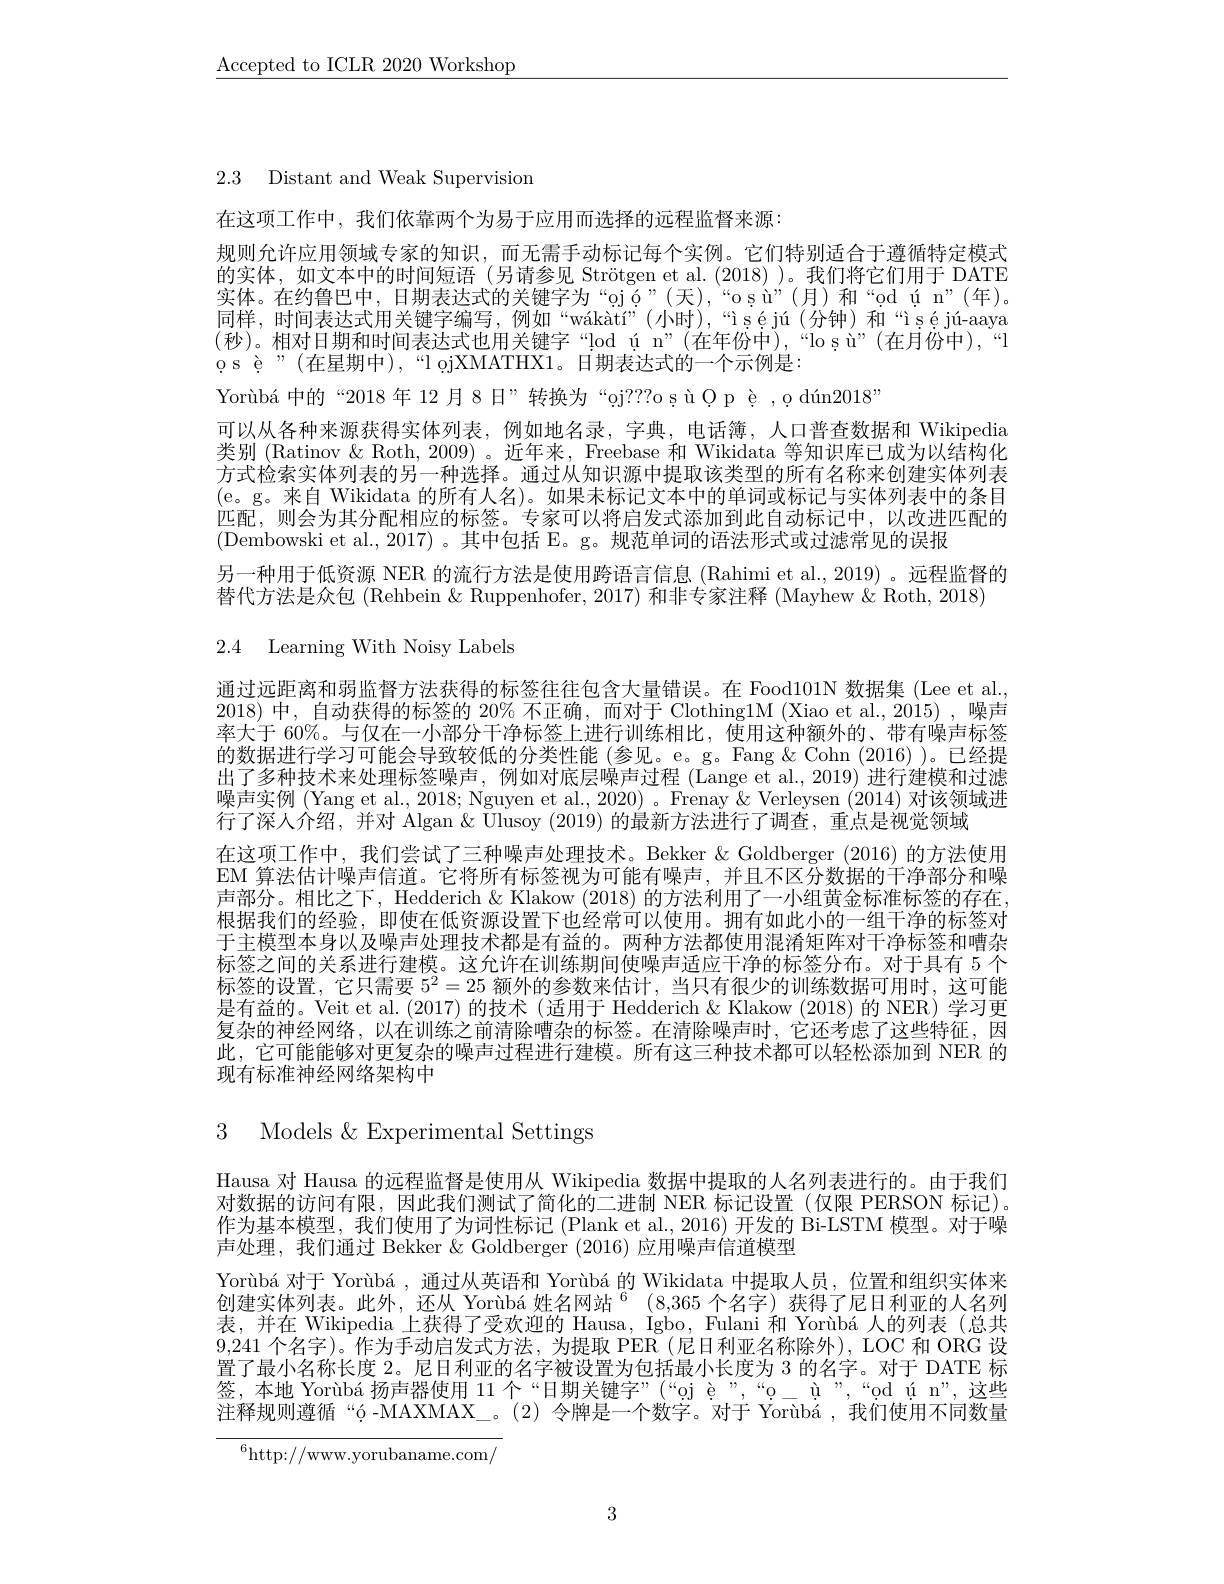
$\underline{\mathrm{Accepted~to~ICLR~2020~Workshop}}$

2.3 Distant and Weak Supervision

在这项工作中，我们依靠两个为易于应用而选择的远程监督来源：
规则允许应用领域专家的知识，而无需手动标记每个实例。它们特别适合于遵循特定模式的实体，如文本中的时间短语(另请参见 Strötgen et al.(2018))。我们将它们用于 DATE 实体。在约鲁巴中，日期表达式的关键字为“ojó”(天),“osù”(月)和“od ún”(年)。同样，时间表达式用关键字编写，例如“wákàtí”(小时),“iséjú(分钟)和“iséjú-aaya (秒)。相对日期和时间表达式也用关键字“!od ú n”(在年份中),“lo s ù”(在月份中),“l o s ệ"(在星期中),“l ojXMATHX1。日期表达式的一个示例是：
Yorùbá 中的“2018年 12月8日”转换为“oj???o sù Ọp ệ ,o dún2018”
可以从各种来源获得实体列表，例如地名录，字典，电话簿，人口普查数据和 Wikipedia 类别 (Ratinov & Roth, 2009) 。近年来，Freebase 和 Wikidata 等知识库已成为以结构化方式检索实体列表的另一种选择。通过从知识源中提取该类型的所有名称来创建实体列表(e。g。来自 Wikidata 的所有人名)。如果未标记文本中的单词或标记与实体列表中的条目匹配，则会为其分配相应的标签。专家可以将启发式添加到此自动标记中，以改进匹配的(Dembowski et al., 2017)。其中包括 E。g。规范单词的语法形式或过滤常见的误报
另一种用于低资源 NER 的流行方法是使用跨语言信息 (Rahimi et al., 2019) 。远程监督的
替代方法是众包 (Rehbein & Ruppenhofer, 2017) 和非专家注释 (Mayhew & Roth, 2018)

2.4 Learning With Noisy Labels

通过远距离和弱监督方法获得的标签往往包含大量错误。在 Food101N 数据集 (Lee et al. 2018)中，自动获得的标签的 20% 不正确，而对于 Clothing1M (Xiao et al., 2015) ,噪声率大于 60%。与仅在一小部分干净标签上进行训练相比，使用这种额外的、带有噪声标签的数据进行学习可能会导致较低的分类性能(参见。e。g。Fang&Cohn (2016) )。已经提出了多种技术来处理标签噪声，例如对底层噪声过程 (Lange et al., 2019) 进行建模和过滤噪声实例 (Yang et al., 2018; Nguyen et al., 2020)。Frenay & Verleysen (2014)对该领域进行了深人介绍，并对 Algan & Ulusoy (2019) 的最新方法进行了调查，重点是视觉领域
在这项工作中，我们尝试了三种噪声处理技术。Bekker &Goldberger (2016)的方法使用EM 算法估计噪声信道。它将所有标签视为可能有噪声，并且不区分数据的干净部分和噪声部分。相比之下，Hedderich & Klakow (2018) 的方法利用了一小组黄金标准标签的存在根据我们的经验，即使在低资源设置下也经常可以使用。拥有如此小的一组干净的标签对于主模型本身以及噪声处理技术都是有益的。两种方法都使用混淆矩阵对干净标签和嘈杂标签之间的关系进行建模。这允许在训练期间使噪声适应干净的标签分布。对于具有 5 个标签的设置，它只需要$5^2=25$额外的参数来估计，当只有很少的训练数据可用时，这可能是有益的。Veit et al. (2017) 的技术 (适用于 Hedderich & Klakow (2018) 的 NER) 学习更复杂的神经网络，以在训练之前清除嘈杂的标签。在清除噪声时，它还考虑了这些特征，因此，它可能能够对更复杂的噪声过程进行建模。所有这三种技术都可以轻松添加到 NER 的现有标准神经网络架构中

# 3 Models &Experimental Settings

Hausa 对 Hausa 的远程监督是使用从 Wikipedia 数据中提取的人名列表进行的。由于我们对数据的访问有限，因此我们测试了简化的二进制 NER 标记设置(仅限 PERSON 标记)。作为基本模型，我们使用了为词性标记 (Plank et al., 2016) 开发的 Bi-LSTM 模型。对于噪声处理，我们通过 Bekker & Goldberger (2016) 应用噪声信道模型
Yorùbá 对于 Yorùbá ,通过从英语和 Yorùbá 的 Wikidata 中提取人员，位置和组织实体来创建实体列表。此外，还从 Yorùbá 姓名网站$^{6}$ (8,365 个名字) 获得了尼日利亚的人名列表，并在 Wikipedia 上获得了受欢迎的 Hausa, Igbo, Fulani 和 Yorùbá 人的列表 (总共9,241个名字)。作为手动启发式方法，为提取 PER(尼日利亚名称除外), LOC 和 ORG 设置了最小名称长度 2。尼日利亚的名字被设置为包括最小长度为 3 的名字。对于 DATE 标签，本地 Yorùbá 扬声器使用11个“日期关键字”(“oj è”,“o\_ ù",“od ú n”,这些注释规则遵循“$\'{o}-MAXMAX\_。(2)令牌是一个数字。对于 Yorùbá ,我们使用不同数量$

$^{6}$http://www.yorubaname.com/

3